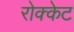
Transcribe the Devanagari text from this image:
रोक्केट